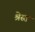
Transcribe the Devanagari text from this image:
श्रेस्त